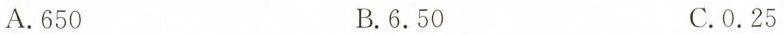
A.650 B.6.50 C.0.25